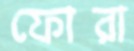
ফোরা